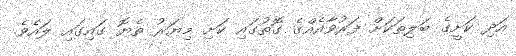
އަދި ކަށީގެ ބަލިތަކަށް ފަރުވާއެއްގެ ގޮތުގައި ކަށި މިޔަރު ތެޔޮ ގައިގައި ލައެވެ.